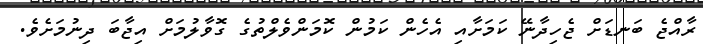
ރާއްޖެ ބަނޑަށް ޖެހިދާނޭ ކަމަށާއި އެހެން ކަމުން ކޮމަންވެލްތުގެ ގޮވާލުމަށް އިޖާބަ ދިނުމަށެވެ.